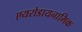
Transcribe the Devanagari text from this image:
एयरोडायनामिक